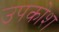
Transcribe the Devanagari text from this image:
उपकोश